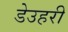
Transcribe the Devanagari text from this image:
डेउहरी